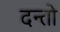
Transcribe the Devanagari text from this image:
दन्तो